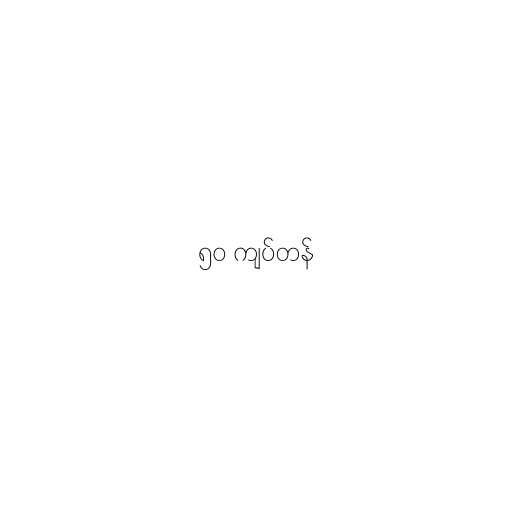
၅၀ ကျပ်တန်